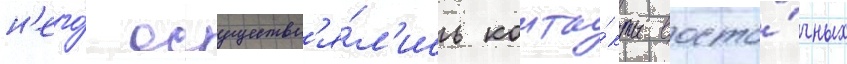
н'его́ осуществл'я́л'ись конта́кты восто́чных